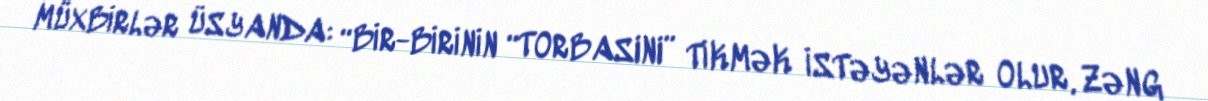
MÜXBİRLƏR ÜSYANDA: “BİR-BİRİNİN “TORBASINI” TİKMƏK İSTƏYƏNLƏR OLUR, ZƏNG